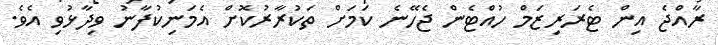
ރާއްޖެ އިން ޓެރަރިޒަމް ހުއްޓެން ޖެހޭނެ ކަމަށް ތަކުރާރުކޮށް އެމަނިކުފާނު ވިދާޅުވި އެވެ.